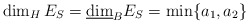
\begin{align*}\dim_HE_S=\underline{\dim}_BE_S=\min\{a_1, a_2\}\end{align*}